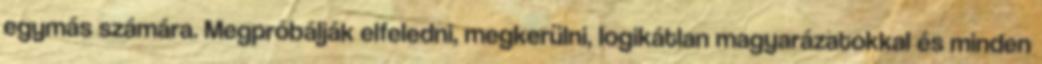
egymás számára. Megpróbálják elfeledni, megkerülni, logikátlan magyarázatokkal és minden